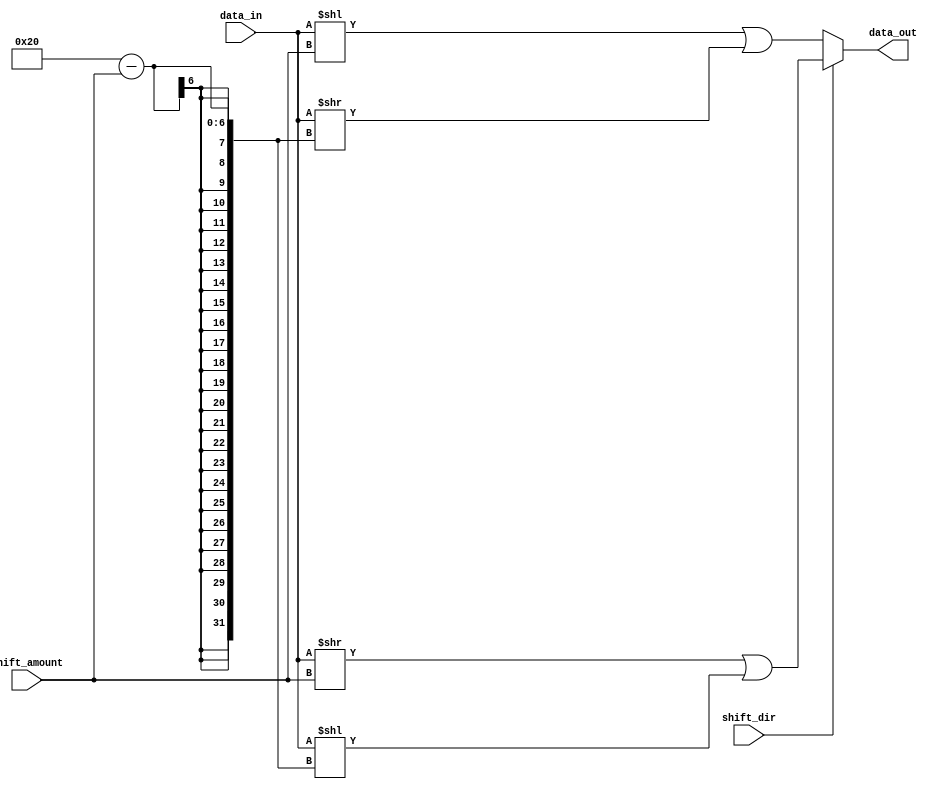
module barrel_shifter(
    input [31:0] data_in,
    input [4:0] shift_amount,
    input shift_dir,
    output reg [31:0] data_out
);

always @(*)
begin
    if(shift_dir)
        data_out = data_in >> shift_amount | data_in << (32 - shift_amount);
    else
        data_out = data_in << shift_amount | data_in >> (32 - shift_amount);
end

endmodule